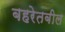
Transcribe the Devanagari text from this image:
बहरेतबील